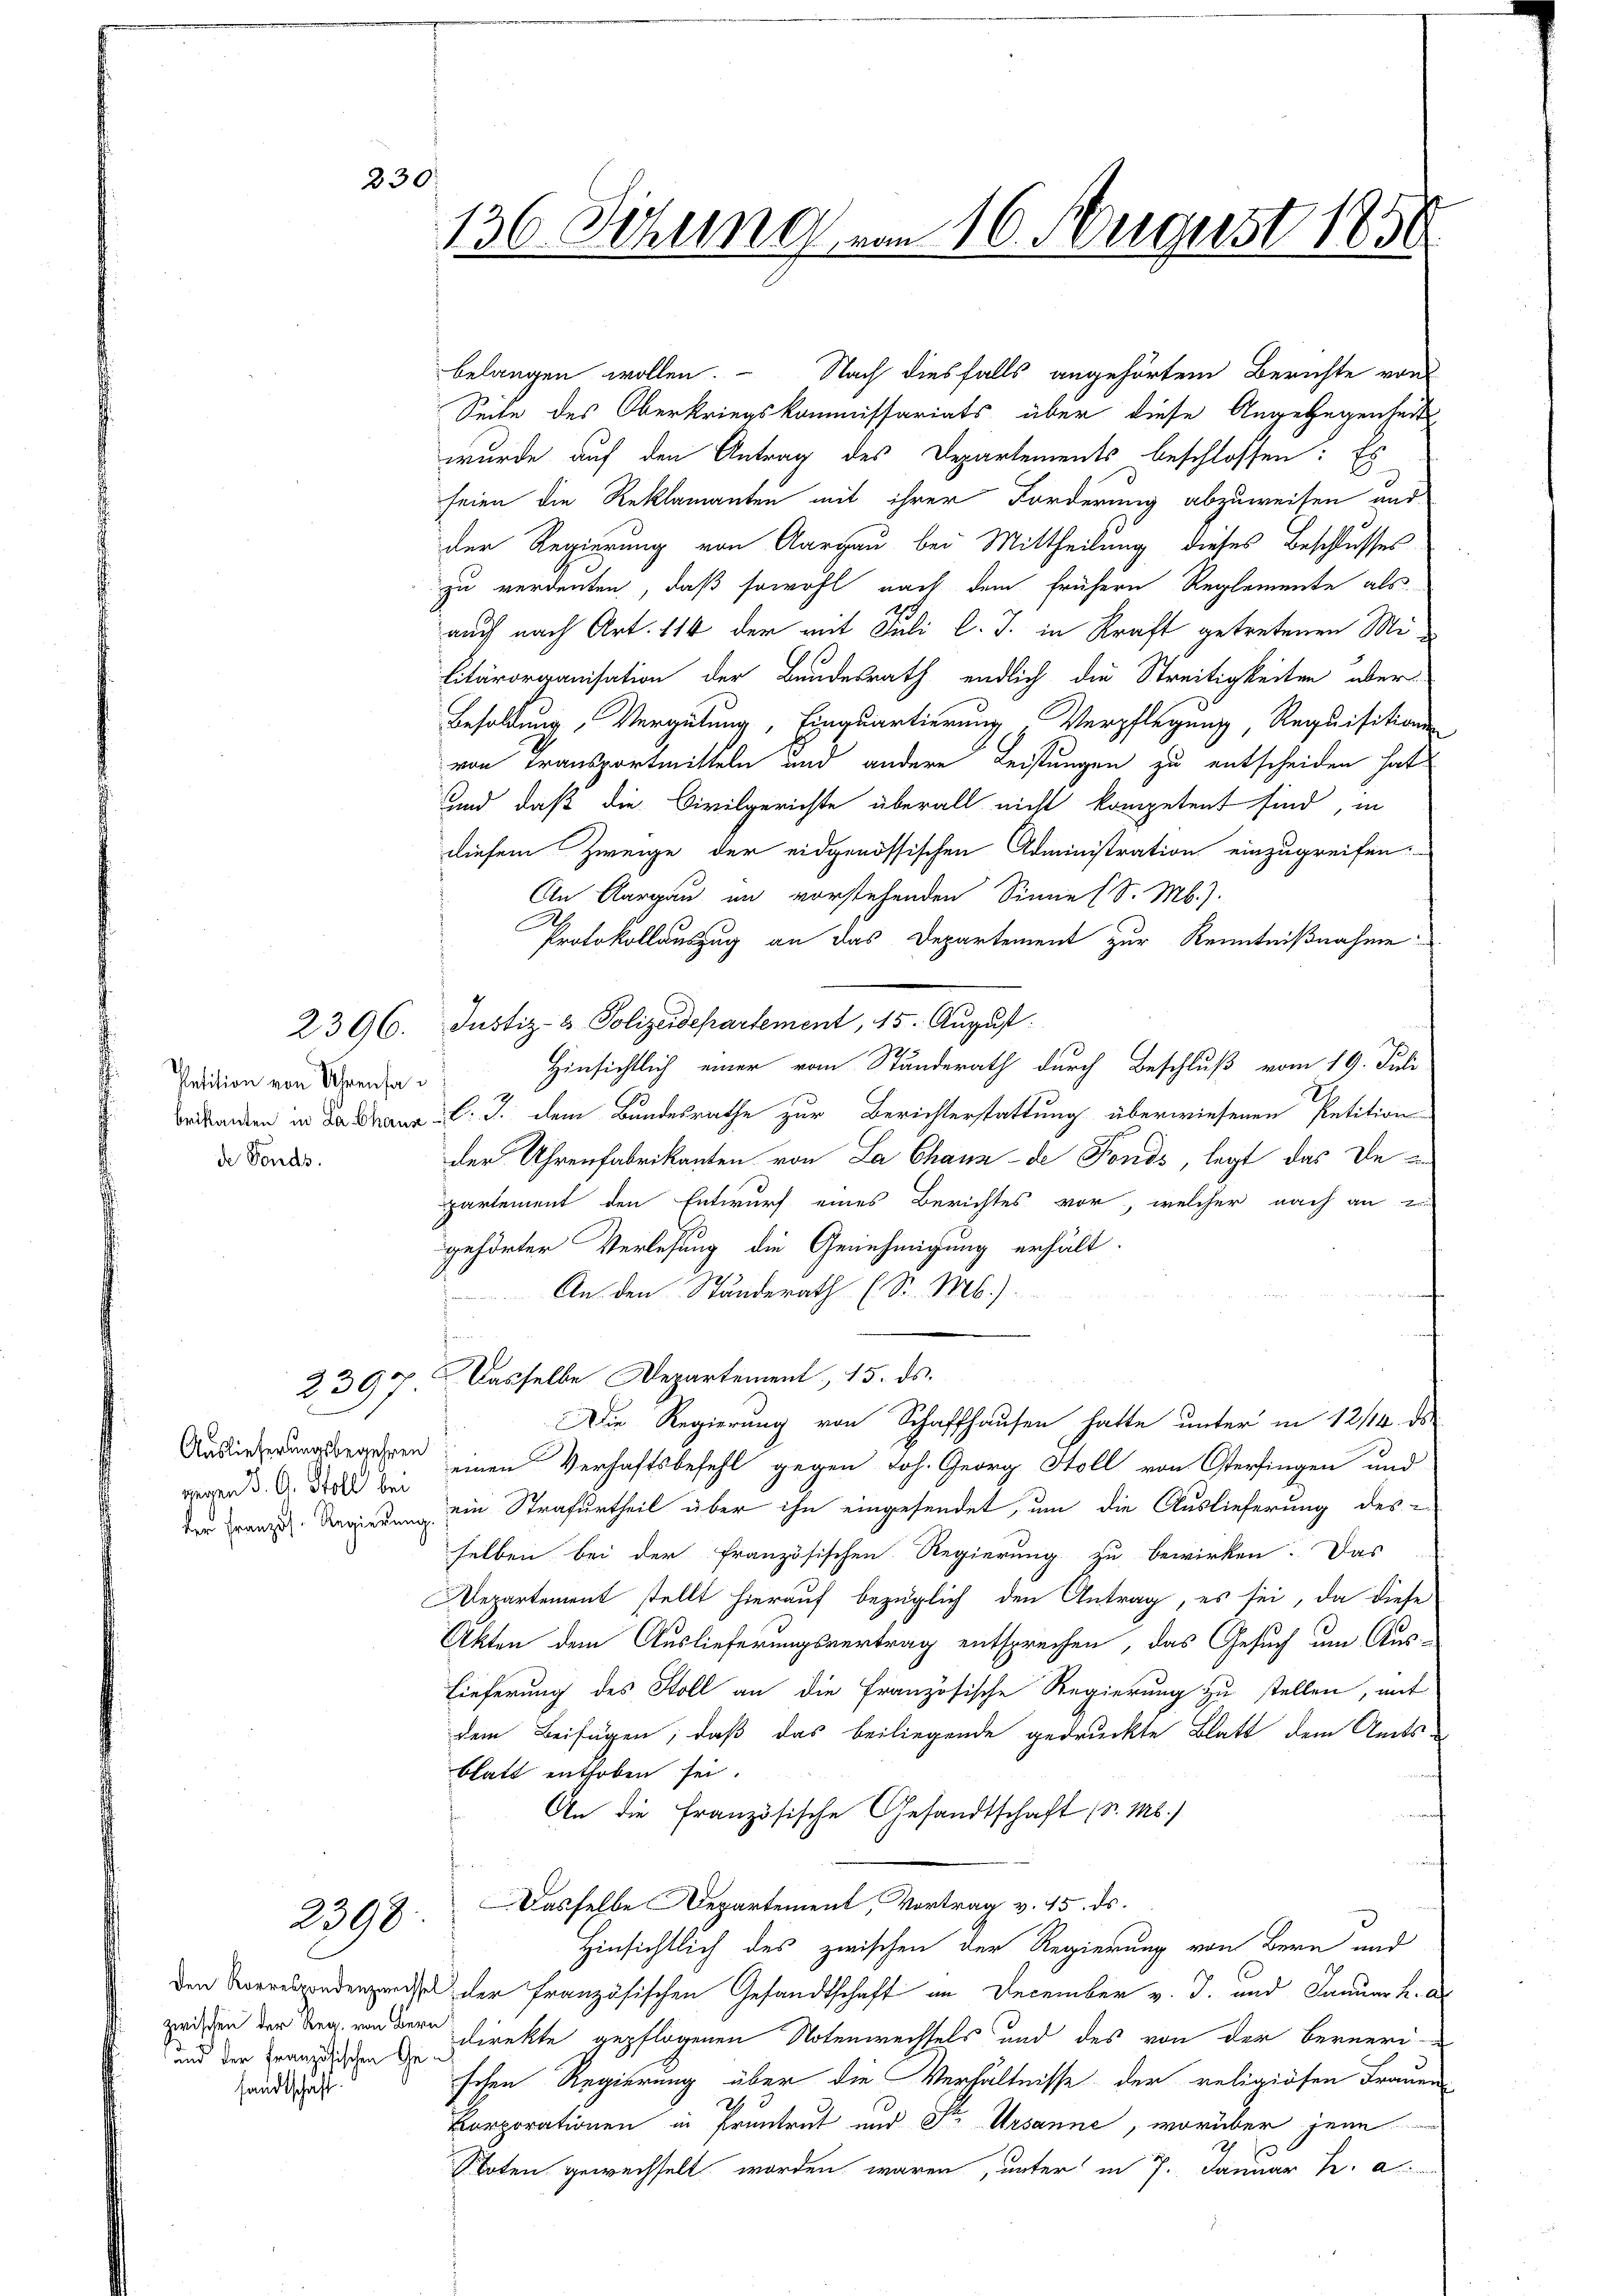
230.

Petition von Uhrenfa
de Fonds.

2396.

Herren S. G. Stoll bei

2397.

2398

und der Französischen Gesandtschaft

136. Sitzung von 16. August 1858

belangen wollen. Nach diesfalls angehörtem Berichte von
Seite des Oberkriegskommissariats über diese Angelegenheits-
wurde auf den Antrag des Departements beschlossen: Es
seien die Reklamanten mit ihrer Forderung abzuweisen und
der Regierung von Aargau bei Mittheilung dieses Beschlusses
zu verdeuten, daß sowohl nach dem frühern Reglemente als
auch nach Art. 114 der mit Juli l. J. in Kraft getretenen Militärorganisation der Bundesrath endlich die Streitigkeiten über
Besoldung, Vergütung, Einquartierung Verpflegung, Requisitions
von Transportmitteln und andere Leistungen zu entscheiden hat
und daß die Civilgerichte überall nicht kompetent sind, in
diesem Zweige der eidgenössischen Administration einzugreifen.
An Aargau in vorstehenden Sinne (S. Mb.).
Protokollauszug an das Departement zur Kenntnißnahme
Justiz- & Polizeidepartement, 15. August.
Hinsichtlich einer vom Standerath durch Beschluß vom 19. Juli
brikanen in daran l. J. dem Bundesrathe zur Berichterstattung überwiesenen Petition
der Uhrenfabrikanten von La Chaux-de Fonds, legt das Deu
partement den Entwurf eines Berichtes vor, welcher nach an
gehörter Verlesung die Genehmigung erhält-
An den Ständerath (S. Mb.).
 Dasselbe Departement, 15. ds.
Die Regierung von Schaffhausen hatte unter in 12/14. ds
gegen einen Verhaftsbefehl gegen Joh. Georg Stoll von Osterfingen und
 ein Strafurtheil über ihn eingesendet, um die Auslieferung des
selben bei der französischen Regierung zu bewirken. Das
Departement stellt hierauf bezüglich den Antrag, es sei, da diese
Akten dem Auslieferungsvertrag entsprechen, das Gesuch um Aus-
Lieferung des Stoll an die Französische Regierung zu stellen, mit
dem Beifügen; daß das beiliegende gedruckte Blatt dem Amts-
blatt enthoben sei.
An die Französische Gesandtschaft (d. Ms.)
Dasselbe Departement, Vortrag v. 15. ds.
Hinsichtlich des zwischen der Regierung von Bern und
den Vorradenpreise der französischen Gesandtschaft an December v. J. und Januar h. a
zwischen der Reg. reddere Direkte gepflogenen Notenwechsels und des von der Berneri
schen Regierung über die Verhältnisse der religiösen Frauen
2
Corporationen in Prentrut und Sr. Ursanne, worüber jene
Noten gewechselt worden wären, unter in 7. Januar h. a